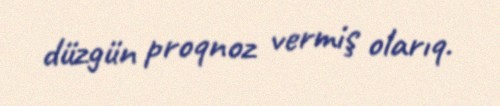
düzgün proqnoz vermiş olarıq.